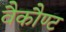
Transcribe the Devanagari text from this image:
वैकौण्ट